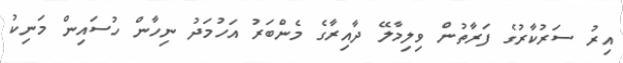
އިރު ސަރުކާރުގެ ފަރާތުން ވިލިމާލޭ ދާއިރާގެ މެންބަރު އަހުމަދު ނިހާން ހުސައިން މަނިކު